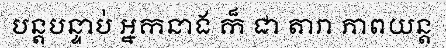
បន្តបន្ទាប់ អ្នកនាង ក៏ ជា តារា ភាពយន្ត